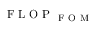
\mathrm { ~ F ~ L ~ O ~ P ~ } _ { \mathrm { ~ F ~ O ~ M ~ } }